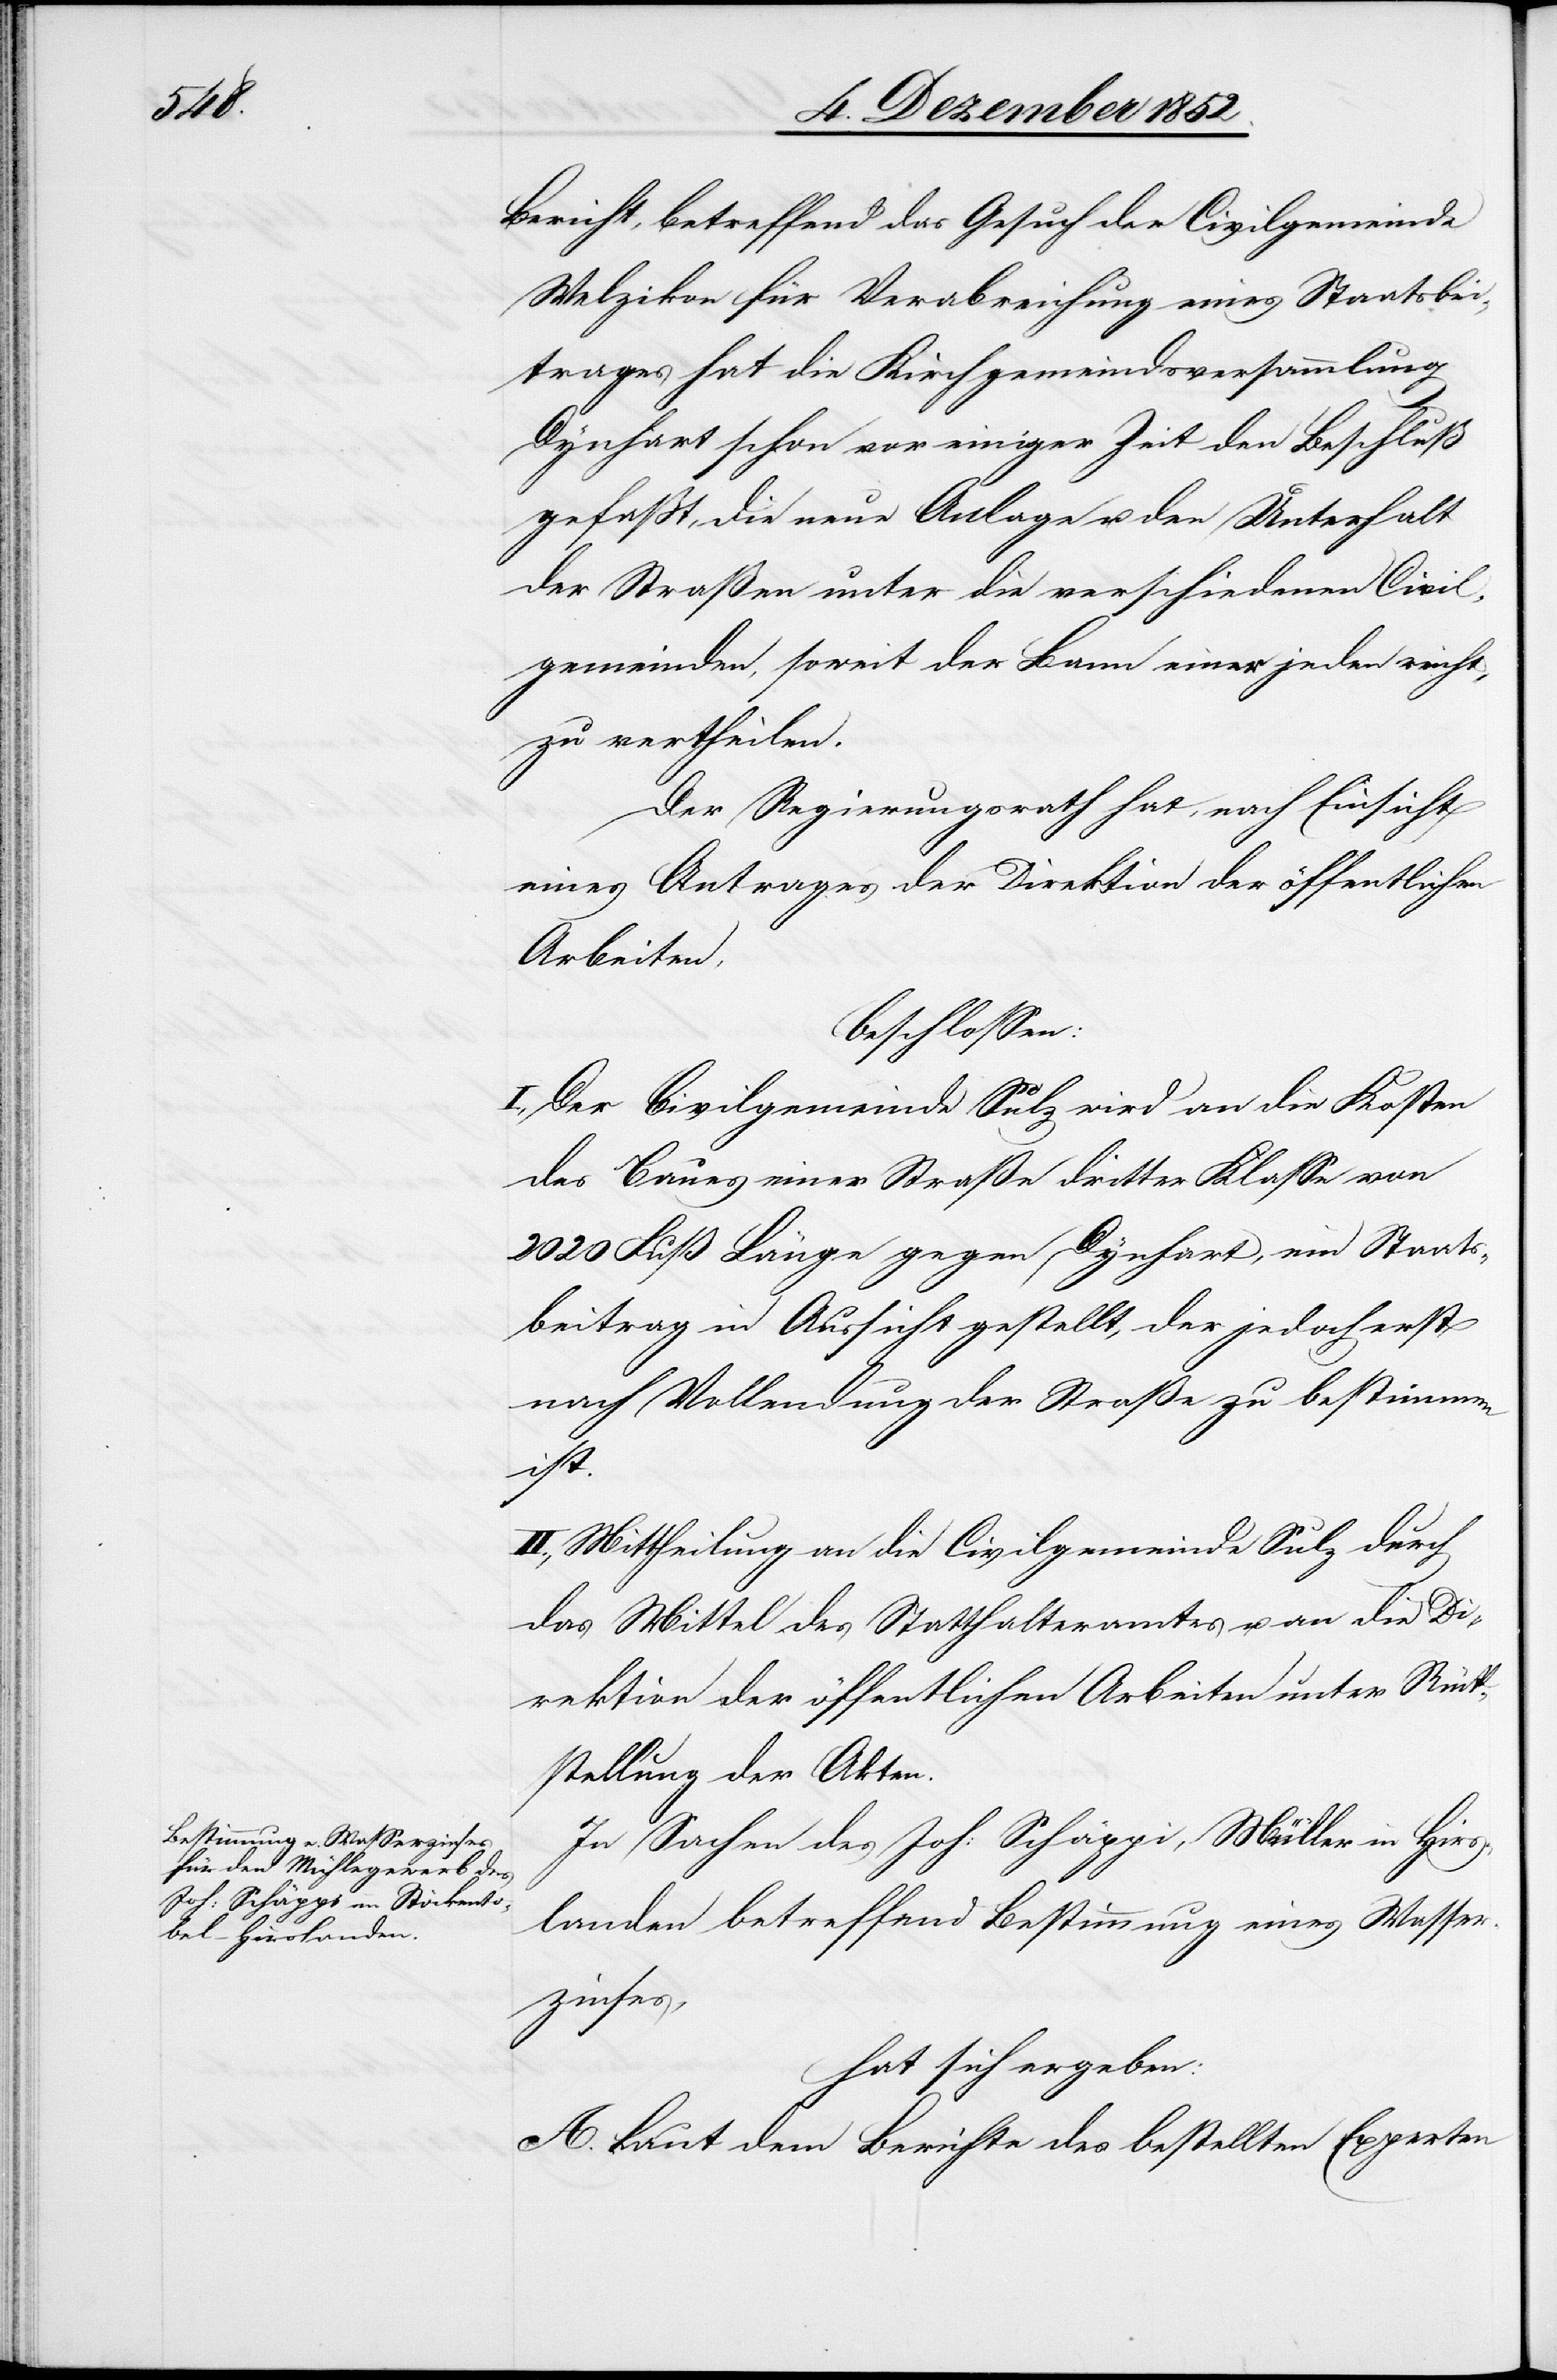
Bericht, betreffend das Gesuch der Civilgemeinde
Welzikon für Verabreichung eines Staatsbei¬
trages hat die Kirchgemeindsversammlung
Dynhart schon vor einiger Zeit den Beschluß
gefaßt, die neue Anlage u. den Unterhalt
der Straßen unter die verschiedenen Civil¬
gemeinden, soweit der Bann einer jeden reicht,
zu vertheilen.
Der Regierungsrath hat, nach Einsicht
eines Antrages der Direktion der öffentlichen
Arbeiten,
beschlossen:
I., Der Civilgemeinde Sulz wird an die Kosten
des Baues einer Straße dritter Klasse von
2020 Fuß Länge gegen Dynhart, ein Staats¬
beitrag in Aussicht gestellt, der jedoch erst
nach Vollendung der Straße zu bestimmen
ist.
II., Mittheilung an die Civilgemeinde Sulz durch
das Mittel des Statthalteramtes u. an die Di¬
rektion der öffentlichen Arbeiten unter Rück¬
stellung der Akten.
In Sachen des Joh: Schäppi, Müller in Hirs¬
landen betreffend Bestimmung eines Wasser¬
zinses,
hat sich ergeben:
A. Laut dem Berichte des bestellten Experten